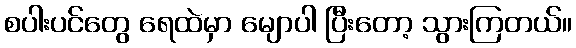
စပါးပင်တွေ ရေထဲမှာ မျောပါ ပြီးတော့ သွားကြတယ်။